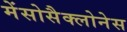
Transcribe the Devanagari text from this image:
मेंसोसैक्लोनेस